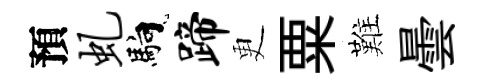
預虬馿蹄更粟難曇